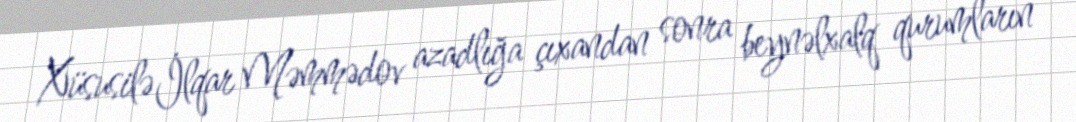
Xüsusilə İlqar Məmmədov azadlığa çıxandan sonra beynəlxalq qurumların